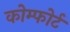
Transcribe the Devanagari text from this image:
कोम्फोर्ट